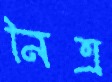
নিত্র